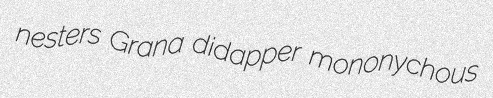
nesters Grana didapper mononychous